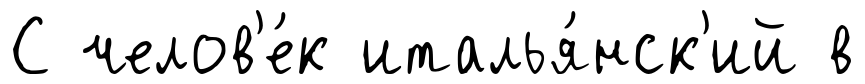
С челов'е́к италья́нск'ий в